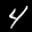
Label: 4